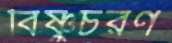
বিষ্ণুচরণ